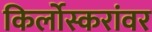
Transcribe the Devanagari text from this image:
किर्लोस्करांवर